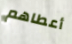
أعطاهم